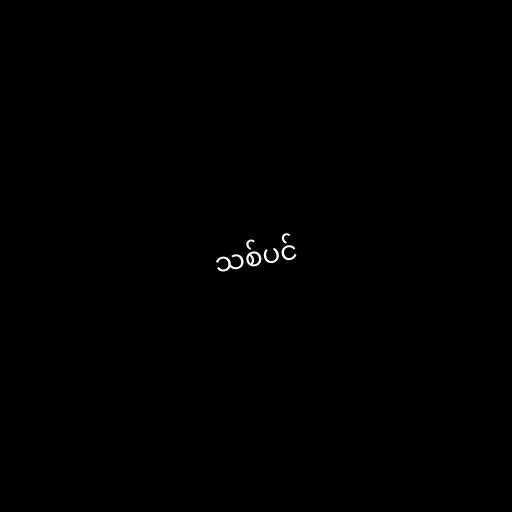
သစ်ပင်